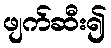
ဖျက်ဆီး၍